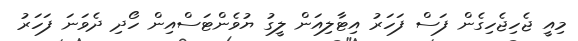
މިއީ ޖެހިޖެހިގެން ފަސް ފަހަރު އިޓާލިއަން ލީގު ޔުވެންޓަސްއިން ހޯދި ދެވަނަ ފަހަރު